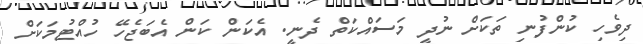
ދިވެހި ކުންފުނި ތަކަށް ނުދީ މަސައްކަތް ދެނީ. އެކަން ކަން އެބަޖެހޭ ހުއްޓުމަކަށް